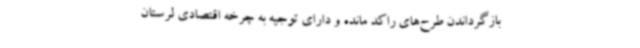
بازگرداندن طرح‌های راکد مانده و دارای توجیه به چرخه اقتصادی لرستان